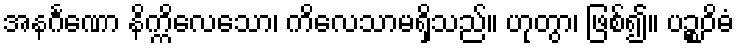
အနင်္ဂဏော နိက္ကိလေသော၊ ကိလေသာမရှိသည်။ ဟုတွာ၊ ဖြစ်၍။ ပဉ္စဝိဓံ